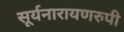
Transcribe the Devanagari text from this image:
सूर्यनारायणरुपी